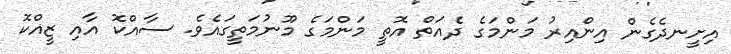
އިށީނދެގެން އިންއިރު މަންމަގެ ދެއަތް އޮތީ މަންމަގެ މޫނުމަތީގައެވެ. ސާއްކޮ އާއި ޒީއްކޮ